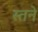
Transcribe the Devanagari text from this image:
स्तने